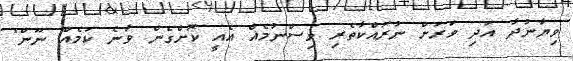
ވިޔާނުދާ އަދި ވަރަށް ނުރައްކާތެރި ވިސްނުމެއް އެއީ ކޮށްގެން ވާނެ ކަމެއް ނޫން"